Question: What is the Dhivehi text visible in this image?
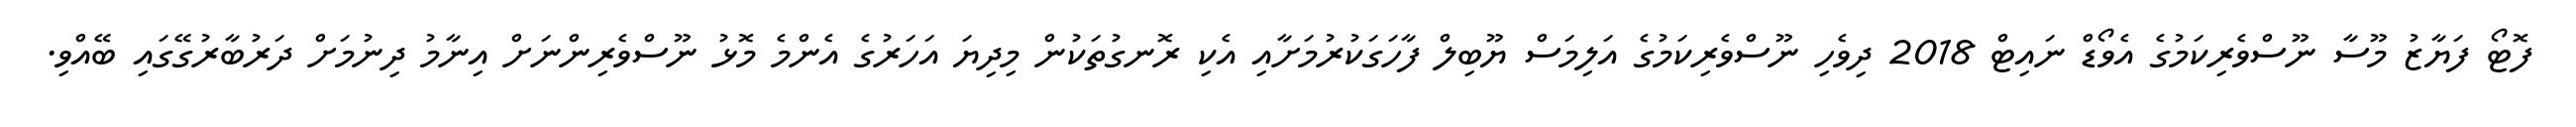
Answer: ފޮޓޯ ފަޔާޒު މޫސާ ނޫސްވެރިކަމުގެ އެވޯޑް ނައިޓް 2018 ދިވެހި ނޫސްވެރިކަމުގެ އަލިމަސް ޔޫބިލް ފާހަގަކުރުމަށާއި އެކި ރޮނގުތަކުން މިދިޔަ އަހަރުގެ އެންމެ މޮޅު ނޫސްވެރިންނަށް އިނާމު ދިނުމަށް ދަރުބާރުގޭގައި ބޭއްވި.